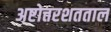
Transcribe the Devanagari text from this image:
अष्टोत्तरशतताल